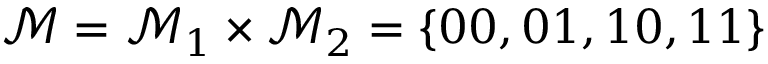
\mathcal { M } = \mathcal { M } _ { 1 } \times \mathcal { M } _ { 2 } = \{ 0 0 , 0 1 , 1 0 , 1 1 \}